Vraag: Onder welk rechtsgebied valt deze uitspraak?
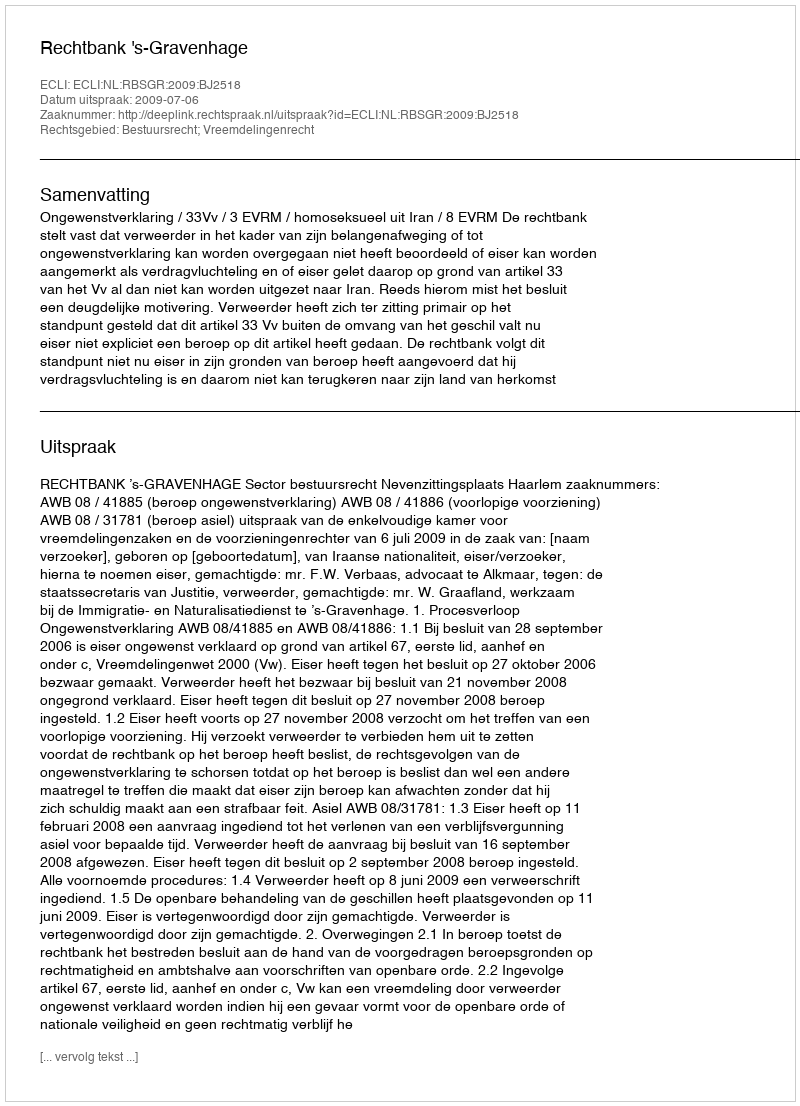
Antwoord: Bestuursrecht; Vreemdelingenrecht